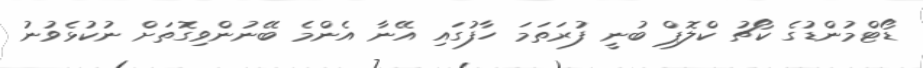
ޑޯޓްމުންޑުގެ ކޯޗު ކްލޮޕް ބުނީ ފުރަތަމަ ހާފުގައި އޭނާ އެންމެ ބޭނުންވިގޮތަށް ނުކުޅެވުނު